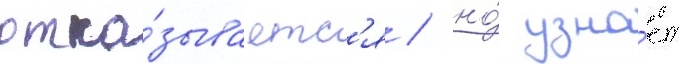
отка́зываетс'я / но́ узна́ет